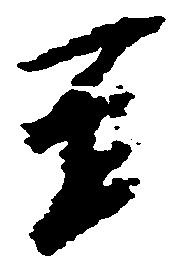
至